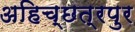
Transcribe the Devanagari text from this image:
अहिच्छत्रपुर